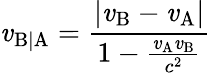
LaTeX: \mathit{v}_{\mathrm{{B|A}}}={\frac{{\left|\mathit{v}_{\mathrm{{B}}}-\mathit{v}_{\mathrm{{A}}}\right|}}{{1-{\frac{{\mathit{v}_{\mathrm{{A}}}\mathit{v}_{\mathrm{{B}}}}}{{c^{2}}}}}}}